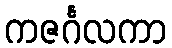
ကဇင်္ဂလကာ